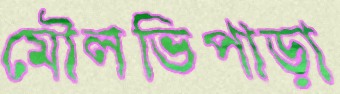
মৌলভিপাড়া